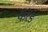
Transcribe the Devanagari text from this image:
फॅरड